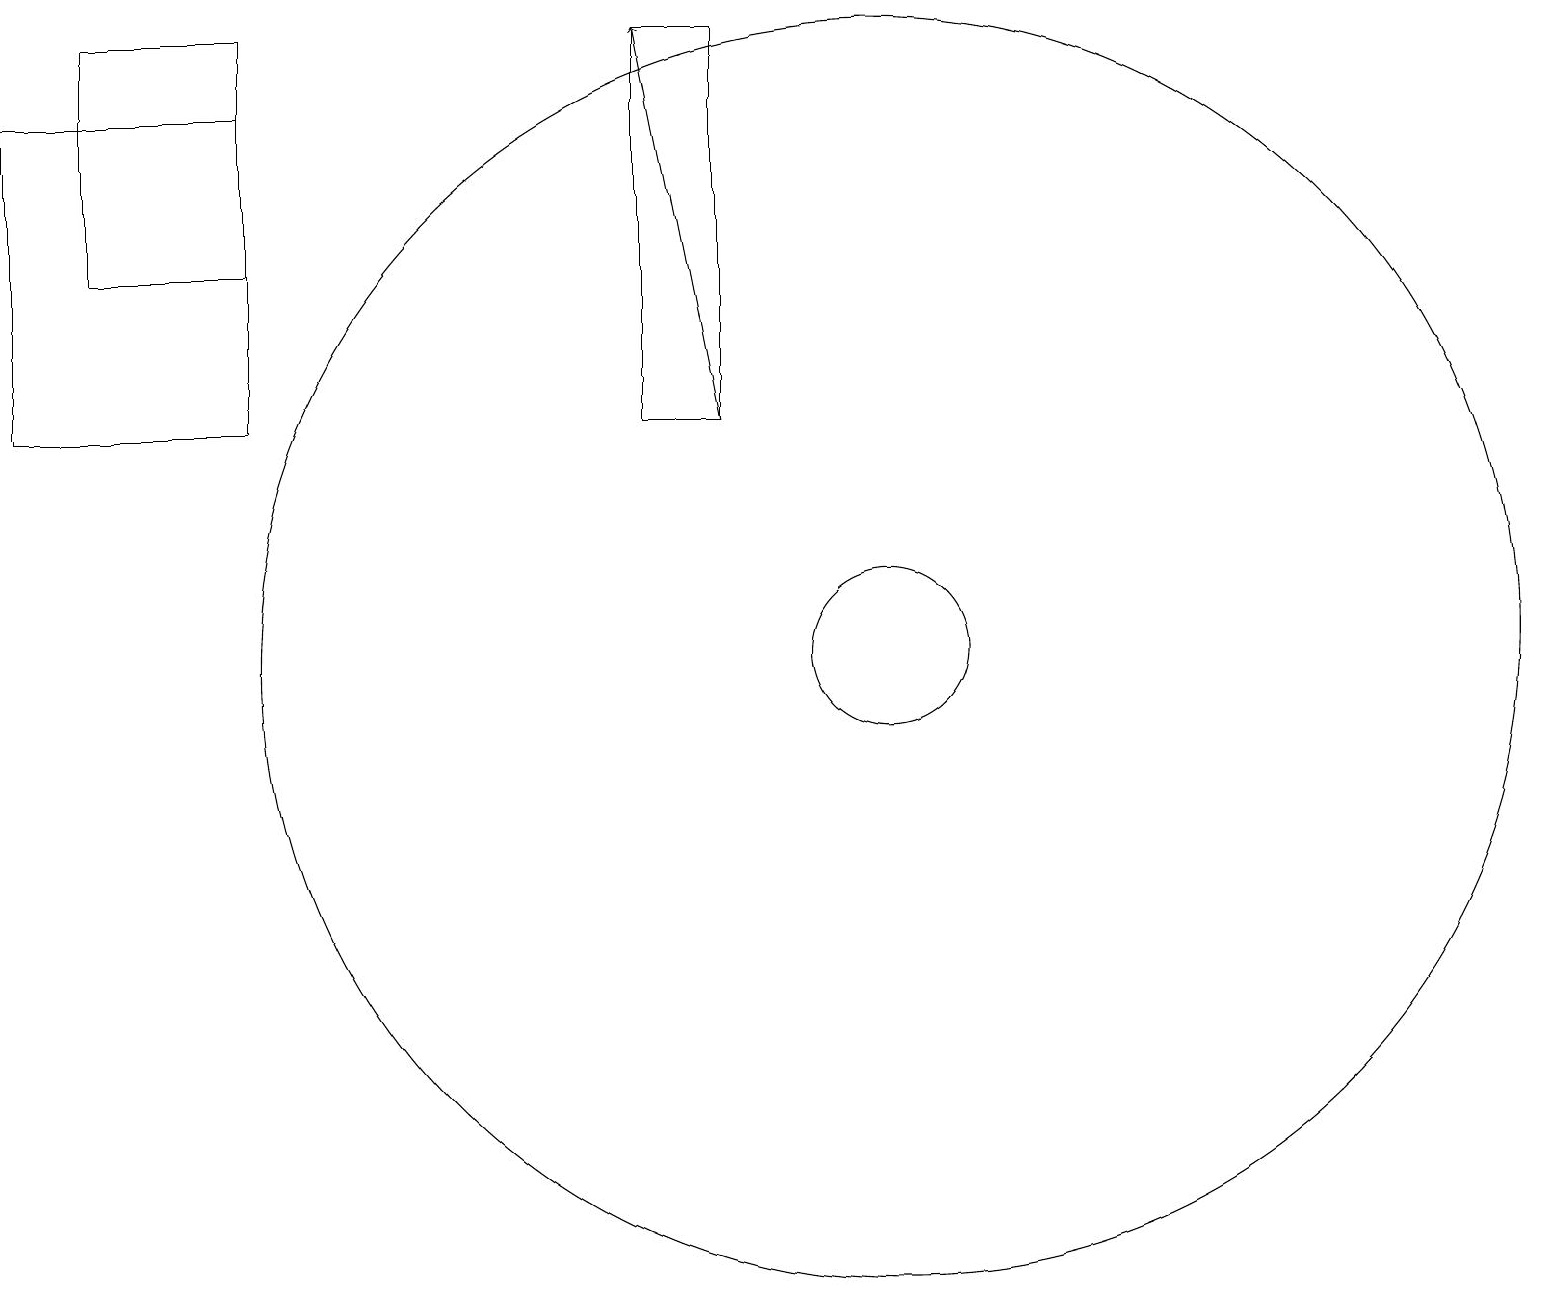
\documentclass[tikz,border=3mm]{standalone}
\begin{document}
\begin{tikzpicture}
\draw (0,18) rectangle (3,14);
\draw (3,19) rectangle (1,16);
\draw (11,11) circle (1);
\draw[->] (9,14) -- (8,19);
\draw (8,19) rectangle (9,14);
\draw (11,11) circle (8);
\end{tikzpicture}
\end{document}